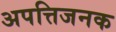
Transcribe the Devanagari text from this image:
अपत्तिजनक